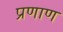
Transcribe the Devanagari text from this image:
प्रणाण